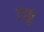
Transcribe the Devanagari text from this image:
टफु